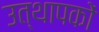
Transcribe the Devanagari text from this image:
उत्थापकों